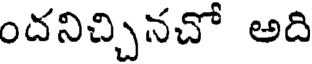
ందనిచ్చినచో అది